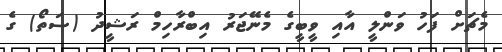
މެޗަށް ފަހު ވަންލީ އާއި ވީބީގެ މެނޭޖަރު އިބްރާހިމް ރަޝީދު (ސަތޯ) ގެ